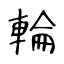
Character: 輪